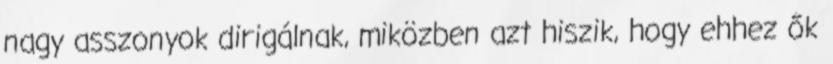
nagy asszonyok dirigálnak, miközben azt hiszik, hogy ehhez ők